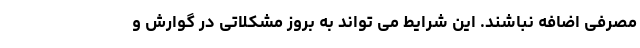
مصرفی اضافه نباشند. این شرایط می تواند به بروز مشکلاتی در گوارش و